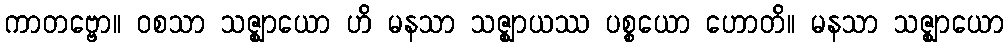
ကာတဗ္ဗော။ ဝစသာ သဇ္ဈာယော ဟိ မနသာ သဇ္ဈာယဿ ပစ္စယော ဟောတိ။ မနသာ သဇ္ဈာယော